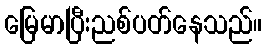
မြေမာပြီးညစ်ပတ်နေသည်။